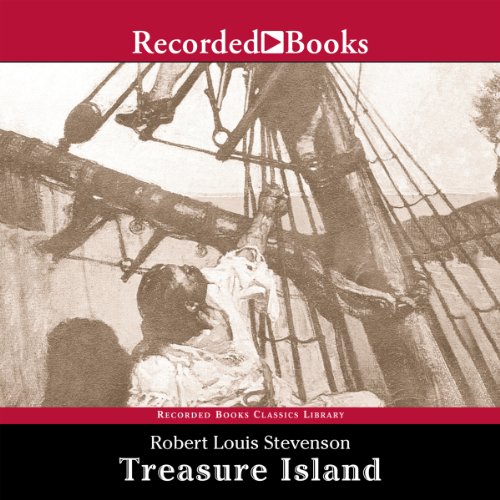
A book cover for Treasure Island; Robert Louis Stevenson; Literature & Fiction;